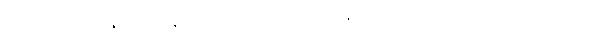
ဒါဆို အသက်နှစ်ဆယ်နဲ့ ငါးဆယ်ကြားမှာ အမေ့ကို ပြုစုတာကလွဲလို့ တခြား ဘာမှ